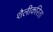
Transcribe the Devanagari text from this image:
शैलीकरिता